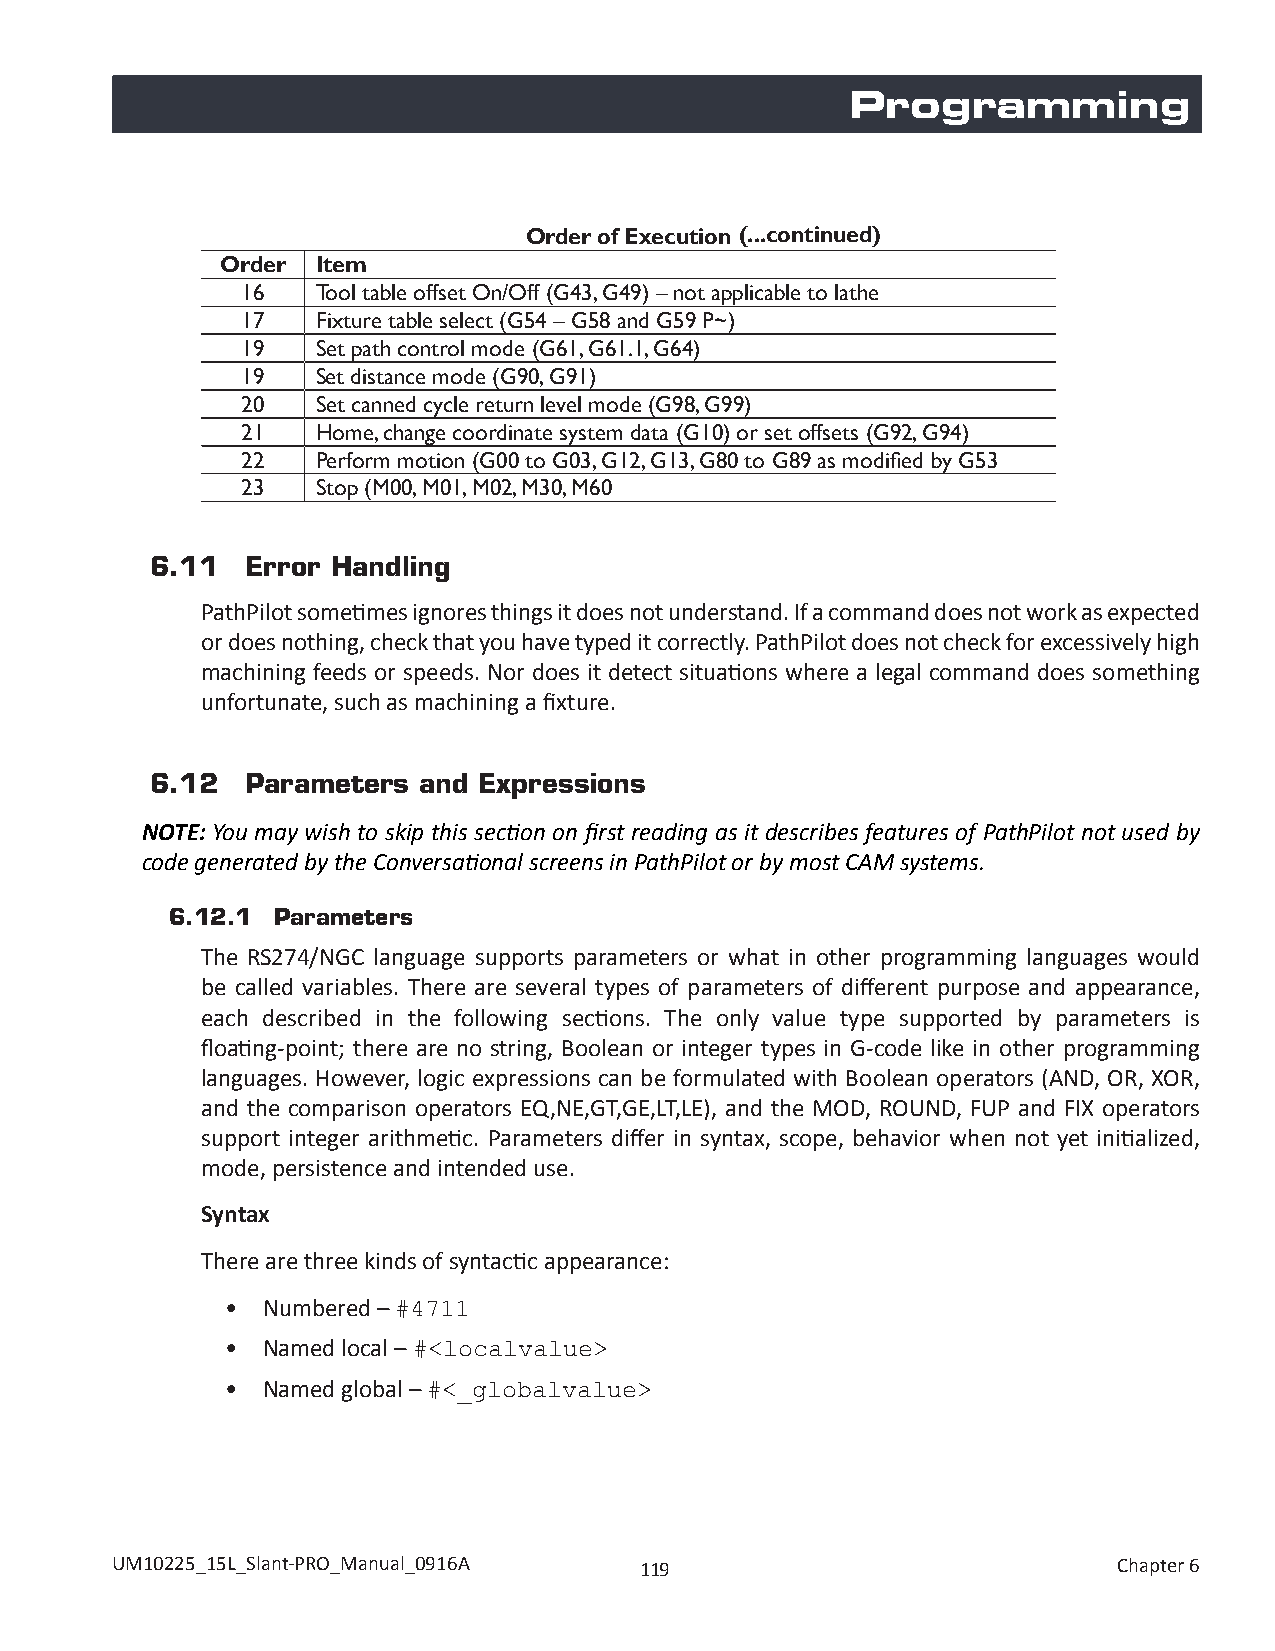
Programming
 Order of Execution (...continued)
 Order Item
 16   Tool table offset On/Off (G43, G49) – not applicable to lathe
 17   Fixture table select (G54 – G58 and G59 P~)
 19   Set path control mode (G61, G61.1, G64)
 19   Set distance mode (G90, G91)
 20   Set canned cycle return level mode (G98, G99)
 21   Home, change coordinate system data (G10) or set offsets (G92, G94)
 22   Perform motion (G00 to G03, G12, G13, G80 to G89 as modified by G53
 23   Stop (M00, M01, M02, M30, M60
 6.11  Error Handling
 PathPilot sometimes ignores things it does not understand. If a command does not work as expected
 or does nothing, check that you have typed it correctly. PathPilot does not check for excessively high
 machining feeds or speeds. Nor does it detect situations where a legal command does something
 unfortunate, such as machining a fixture.
 6.12  Parameters  and Expressions
 NOTE: You may wish to skip this section on first reading as it describes features of PathPilot not used by
 code generated by the Conversational screens in PathPilot or by most CAM systems.
 6.12.1 Parameters
 The RS274/NGC language supports parameters or what in other programming languages would
 be called variables. There are several types of parameters of different purpose and appearance,
 each described in the following sections. The only value type supported by parameters is
 floating-point; there are no string, Boolean or integer types in G-code like in other programming
 languages. However, logic expressions can be formulated with Boolean operators (AND, OR, XOR,
 and the comparison operators EQ,NE,GT,GE,LT,LE), and the MOD, ROUND, FUP and FIX operators
 support integer arithmetic. Parameters differ in syntax, scope, behavior when not yet initialized,
 mode, persistence and intended use.
 Syntax
 There are three kinds of syntactic appearance:
 • Numbered –
 #4711
 • Named local –
 #<localvalue>
 • Named global –
 #<_globalvalue>
 UM10225_15L_Slant-PRO_Manual_0916A 119                             Chapter 6